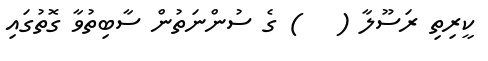
ކީރިތި ރަސޫލާ (   ) ގެ ސުންނަތުން ސާބިތުވާ ގޮތުގައި